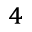
_ 4